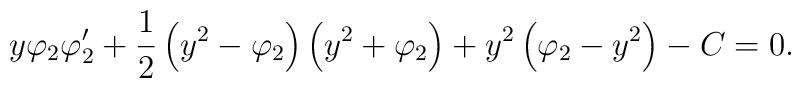
y\varphi _2\varphi _2'+\frac{1}{2}\left( y^2-\varphi _ 2\right) \left( y^2+\varphi _2\right) +y^2\left( \varphi _2-y^2\right) -C=0.